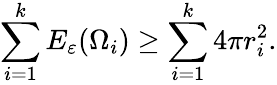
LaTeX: \sum_{i=1}^{k}E_{\varepsilon}(\Omega_{i})\geq\sum_{i=1}^{k}4\pi r_{i}^{2}.